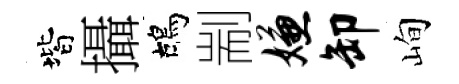
階攝鴣剬嫌卸峋